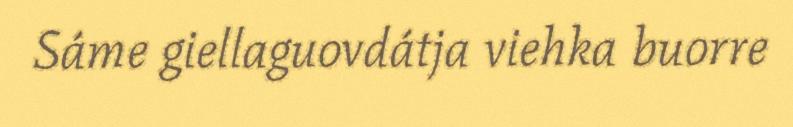
Sáme giellaguovdátja viehka buorre